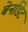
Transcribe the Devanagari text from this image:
बेर्नाडेट